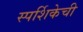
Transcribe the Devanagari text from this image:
स्पर्शिकेची